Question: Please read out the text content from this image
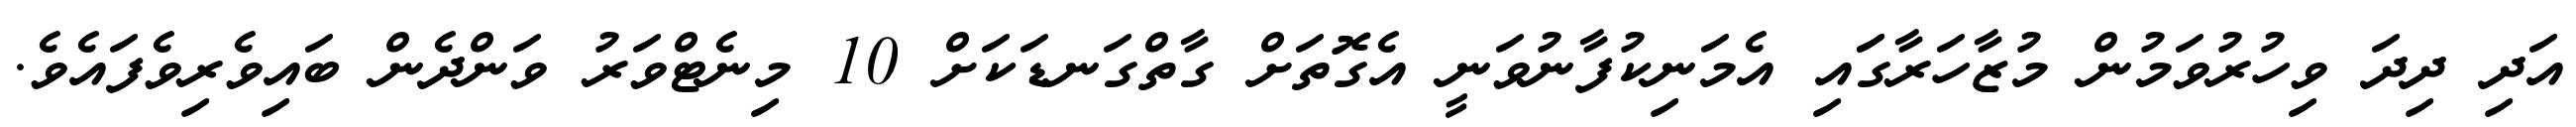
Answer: އަދި ދިދަ ވިހުރުވަމުން މުޒާހަރާގަައި އެމަނިކުފާނުވަނީ އެގޮތަށް ގާތްގަނޑަކަށް 10 މިނެޓްވަރު ވަންދެން ބައިވެރިވެފައެވެ.